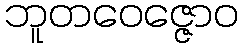
ဘူတဝေဇ္ဇောဝ